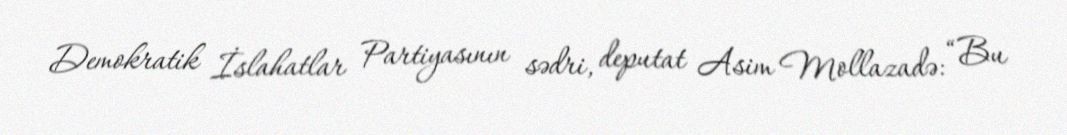
Demokratik İslahatlar Partiyasının sədri, deputat Asim Mollazadə: “Bu